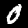
Label: 0